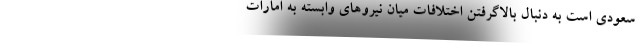
سعودی است به دنبال بالاگرفتن اختلافات میان نیروهای وابسته به امارات